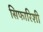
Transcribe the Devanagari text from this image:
सिफारिशी